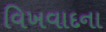
વિખવાદના